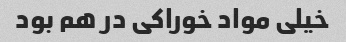
خیلی مواد خوراکی در هم بود